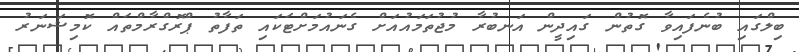
ބިލްގައި ބުނެފައިވާ ގޮތުން ގައިދީން އަނބުރާ މުޖުތަމައުއަށް ގެނައުމަށްޓަކައި ތަފާތު ޕްރޮގްރާމްތައް ކޮމިޝަނަރު